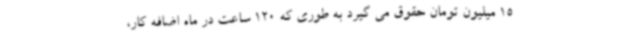
15 میلیون تومان حقوق می گیرد به طوری که 120 ساعت در ماه اضافه کار،